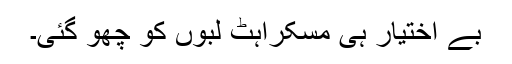
بے اختیار ہی مسکراہٹ لبوں کو چھو گئی۔